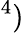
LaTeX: ^4)